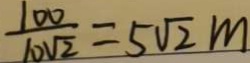
\frac { 1 0 0 } { 1 0 \sqrt { 2 } } = 5 \sqrt { 2 } m